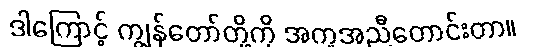
ဒါကြောင့် ကျွန်တော်တို့ကို အကူအညီတောင်းတာ။